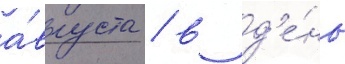
а́вгуста / в д'е́нь